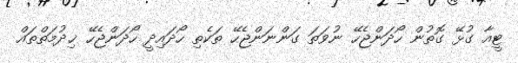
ޓީއާ ގުޅޭ ގޮތުން ހޯދަންޖެހޭ ނުވަތަ ގަންނަންޖެހޭ ތަކެތި ހޯދައިދީ ހޯދަންޖެހޭ ޚިދުމަތްތައް